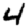
Digit: 4